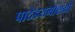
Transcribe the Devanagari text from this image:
पाठेडयमाशयो